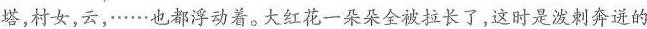
塔，村女，云，……也都浮动着。大红花一朵朵全被拉长了，这时是泼剌奔迸的